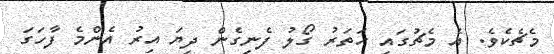
މެޗެކެވެ. އެ މެޗުގައި ހަތަރު ގޯލު ފެނިގެން ދިޔަ އިރު އެންމެ ފާހަގަ